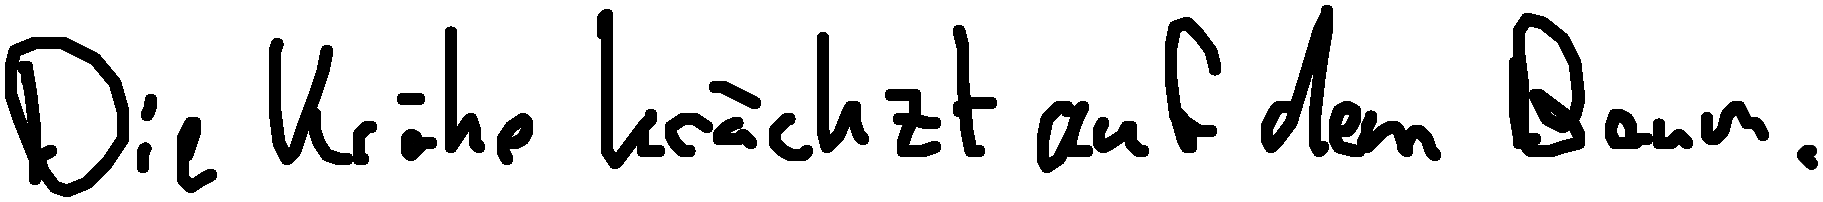
Die Krähe krächzt auf dem Baum.